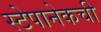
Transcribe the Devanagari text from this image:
स्टेपानेकची